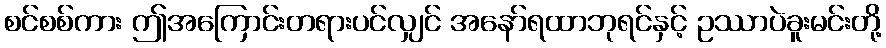
စင်စစ်ကား ဤအကြောင်းတရားပင်လျှင် အနော်ရထာဘုရင်နှင့် ဥဿာပဲခူးမင်းတို့